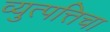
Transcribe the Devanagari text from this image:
व्युत्पत्तिचा